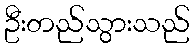
ဦးတည်သွားသည်